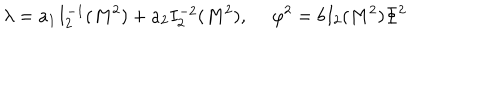
LaTeX: \lambda = a _ { 1 } I _ { 2 } ^ { - 1 } ( M ^ { 2 } ) + a _ { 2 } I _ { 2 } ^ { - 2 } ( M ^ { 2 } ) , \ \varphi ^ { 2 } = b I _ { 2 } ( M ^ { 2 } ) \Phi ^ { 2 }